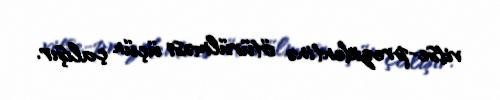
vitse-prezidentinə ötürülməsi üçün çalışır.